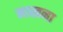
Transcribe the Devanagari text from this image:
माखना